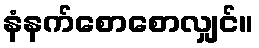
နံနက်စောစောလျှင်။